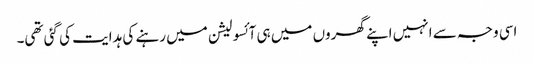
اسی وجہ سے انہیں اپنے گھروں میں ہی آئسولیشن میں رہنے کی ہدایت کی گئی تھی۔